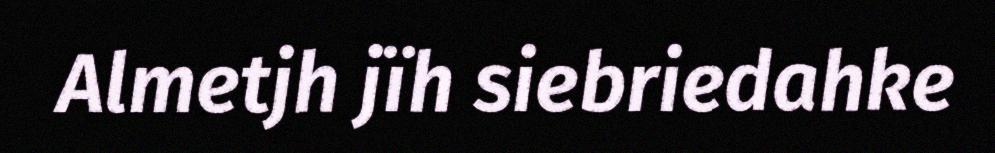
Almetjh jïh siebriedahke